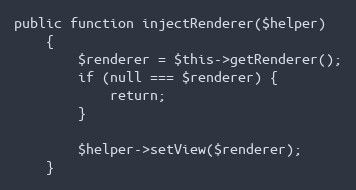
Language: PHP
public function injectRenderer($helper)
    {
        $renderer = $this->getRenderer();
        if (null === $renderer) {
            return;
        }

        $helper->setView($renderer);
    }